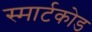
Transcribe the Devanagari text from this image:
स्मार्टकोड